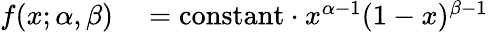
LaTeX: \begin{array}{rl}{f(x;\alpha,\beta)}&{{}=\mathrm{constant}\cdot x^{\alpha-1}(1-x)^{\beta-1}}\end{array}